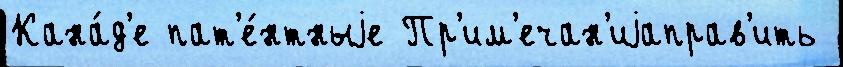
Кана́д'е пат'е́нтныjе Пр'им'ечан'иjаправ'ить